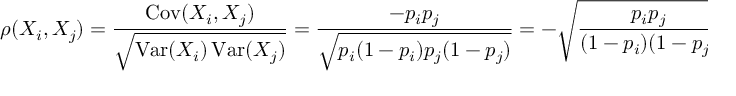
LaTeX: \rho ( X _ { i } , X _ { j } ) = { \frac { \operatorname { C o v } ( X _ { i } , X _ { j } ) } { \sqrt { \operatorname { V a r } ( X _ { i } ) \operatorname { V a r } ( X _ { j } ) } } } = { \frac { - p _ { i } p _ { j } } { \sqrt { p _ { i } ( 1 - p _ { i } ) p _ { j } ( 1 - p _ { j } ) } } } = - { \sqrt { \frac { p _ { i } p _ { j } } { ( 1 - p _ { i } ) ( 1 - p _ { j } ) } } } .